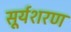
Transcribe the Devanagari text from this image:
सूर्यशरण